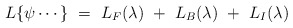
\begin{align*}L \{ \psi \cdots \} ~=~ L_F(\lambda) ~+~L_B(\lambda) ~+~L_I(\lambda)\end{align*}